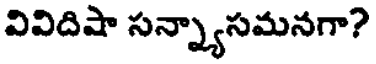
వివిదిషా సన్న్యాసమనగా?